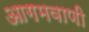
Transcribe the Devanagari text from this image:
आगमवाणी